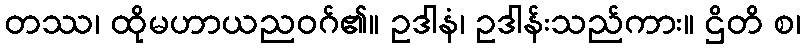
တဿ၊ ထိုမဟာယညဝဂ်၏။ ဥဒါနံ၊ ဥဒါန်းသည်ကား။ ဌိတိ စ၊